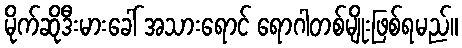
မိုက်ဆိုဒီးမားခေါ် အသားရောင် ရောဂါတစ်မျိုးဖြစ်ရမည်။